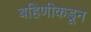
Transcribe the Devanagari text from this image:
बहिणीकडून